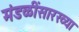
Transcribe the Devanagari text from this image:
मंडळींसारख्या